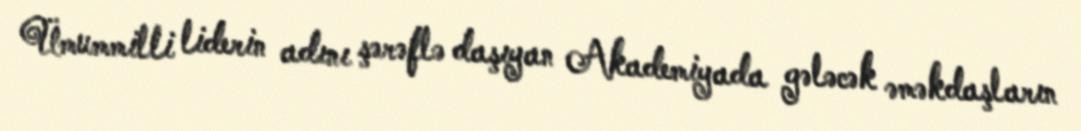
Ümummilli liderin adını şərəflə daşıyan Akademiyada gələcək əməkdaşların